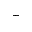
^ { + }